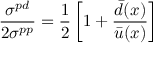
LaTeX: { \frac { \sigma ^ { p d } } { 2 \sigma ^ { p p } } } = { \frac { 1 } { 2 } } \left[ 1 + { \frac { { \bar { d } } ( x ) } { { \bar { u } } ( x ) } } \right]